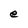
Character: e